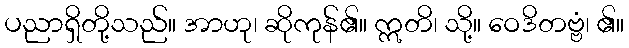
ပညာရှိတို့သည်။ အာဟု၊ ဆိုကုန်၏။ ဣတိ၊ သို့။ ဝေဒိတဗ္ဗံ၊ ၏။